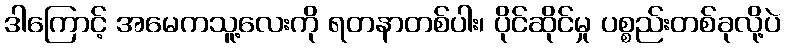
ဒါကြောင့် အမေကသူ့လေးကို ရတနာတစ်ပါး၊ ပိုင်ဆိုင်မှု ပစ္စည်းတစ်ခုလို့ပဲ